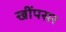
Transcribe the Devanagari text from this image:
खींपसर